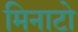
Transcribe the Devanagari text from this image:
मिनाटो